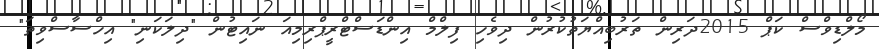
މޯލްޑިވްސް ކަޕް 2015ދަރިން ތަރުބިއްޔަތުކުރުން ދިވެހި ފިލްމް އިންޑަސްޓްރީޕްރިމިއަ ނައިޓުން "ދިލަކަނި" އިހްސާސްވިތަ"